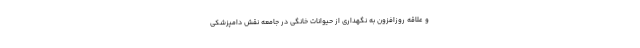
و علاقه روزافزون به نگهداری از حیوانات خانگی در جامعه نقش دامپزشکی